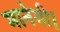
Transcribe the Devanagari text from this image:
मानेगी।